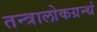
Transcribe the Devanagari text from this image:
तन्त्रालोकग्रन्थं